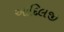
આદિલજી